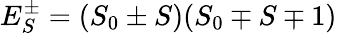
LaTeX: E_{S}^{\pm}=(S_{0}\pm S)(S_{0}\mp S\mp 1)